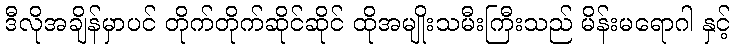
ဒီလိုအချိန်မှာပင် တိုက်တိုက်ဆိုင်ဆိုင် ထိုအမျိုးသမီးကြီးသည် မိန်းမရောဂါ နှင့်